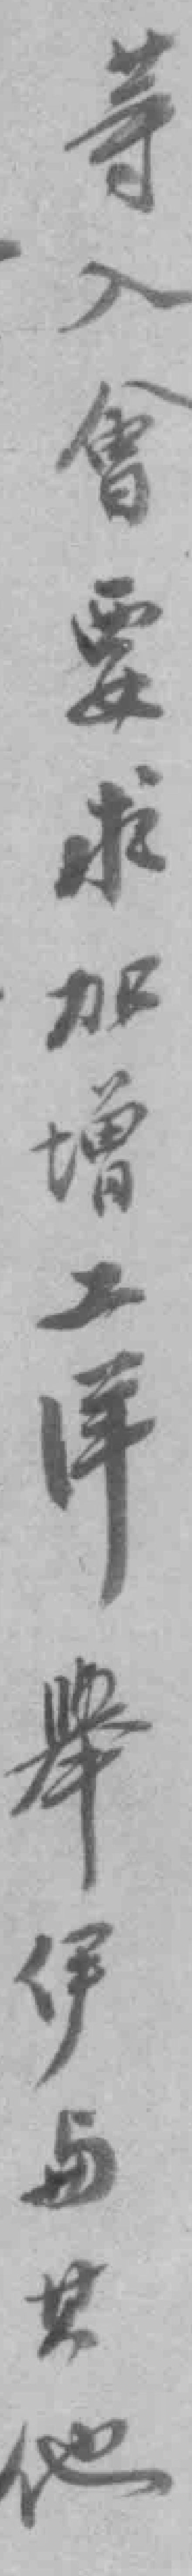
䓁入會要求加增工*舉伊与其他